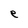
Character: e